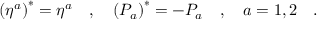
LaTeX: \left( \eta ^ { a } \right) ^ { * } = \eta ^ { a } \ \ \ , \ \ \ \left( { \cal P } _ { a } \right) ^ { * } = - { \cal P } _ { a } \ \ \ , \ \ \ a = 1 , 2 \ \ \ .